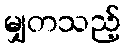
မျှတသည့်